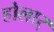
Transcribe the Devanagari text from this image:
होलार्